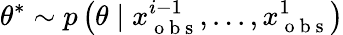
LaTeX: \theta^{*}\sim p\left(\theta\mid x_{\mathrm{~o~b~s~}}^{i-1},...,x_{\mathrm{~o~b~s~}}^{1}\right)